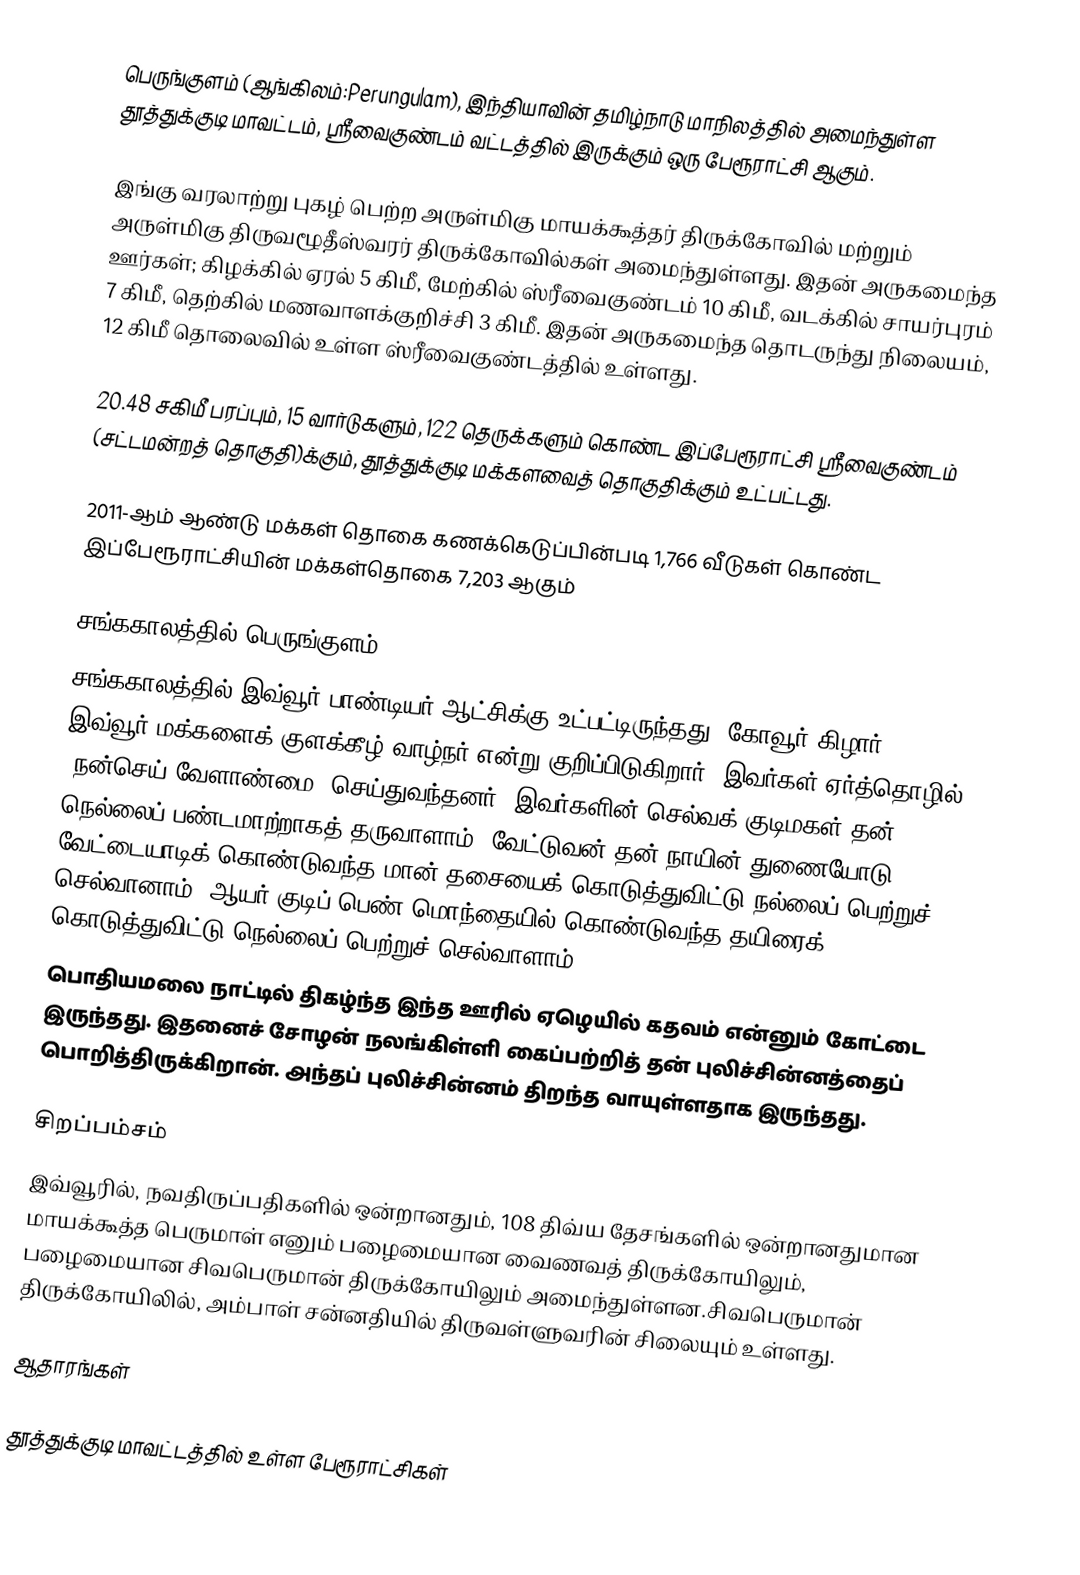
பெருங்குளம் (ஆங்கிலம்:Perungulam), இந்தியாவின் தமிழ்நாடு மாநிலத்தில் அமைந்துள்ள தூத்துக்குடி மாவட்டம், ஸ்ரீவைகுண்டம் வட்டத்தில் இருக்கும் ஒரு பேரூராட்சி ஆகும்.

இங்கு  வரலாற்று புகழ் பெற்ற அருள்மிகு மாயக்கூத்தர் திருக்கோவில் மற்றும்  அருள்மிகு திருவழூதீஸ்வரர் திருக்கோவில்கள் அமைந்துள்ளது. இதன் அருகமைந்த ஊர்கள்; கிழக்கில் ஏரல் 5 கிமீ, மேற்கில் ஸ்ரீவைகுண்டம் 10 கிமீ, வடக்கில் சாயர்புரம் 7 கிமீ, தெற்கில் மணவாளக்குறிச்சி 3 கிமீ. இதன் அருகமைந்த தொடருந்து நிலையம், 12 கிமீ தொலைவில் உள்ள ஸ்ரீவைகுண்டத்தில் உள்ளது.

20.48 சகிமீ பரப்பும், 15    வார்டுகளும், 122 தெருக்களும் கொண்ட இப்பேரூராட்சி  ஸ்ரீவைகுண்டம் (சட்டமன்றத் தொகுதி)க்கும், தூத்துக்குடி மக்களவைத் தொகுதிக்கும் உட்பட்டது.

2011-ஆம் ஆண்டு மக்கள் தொகை கணக்கெடுப்பின்படி 1,766      வீடுகள் கொண்ட இப்பேரூராட்சியின் மக்கள்தொகை 7,203 ஆகும்

சங்ககாலத்தில் பெருங்குளம்
சங்ககாலத்தில் இவ்வூர் பாண்டியர் ஆட்சிக்கு உட்பட்டிருந்தது. கோவூர் கிழார் இவ்வூர் மக்களைக் குளக்கீழ் வாழ்நர் என்று குறிப்பிடுகிறார். இவர்கள் ஏர்த்தொழில் (நன்செய் வேளாண்மை) செய்துவந்தனர். இவர்களின் செல்வக் குடிமகள் தன் நெல்லைப் பண்டமாற்றாகத் தருவாளாம். வேட்டுவன் தன் நாயின் துணையோடு வேட்டையாடிக் கொண்டுவந்த மான் தசையைக் கொடுத்துவிட்டு நல்லைப் பெற்றுச் செல்வானாம். ஆயர் குடிப் பெண் மொந்தையில் கொண்டுவந்த தயிரைக் கொடுத்துவிட்டு நெல்லைப் பெற்றுச் செல்வாளாம்.
பொதியமலை நாட்டில் திகழ்ந்த இந்த ஊரில் ஏழெயில் கதவம் என்னும் கோட்டை இருந்தது. இதனைச் சோழன் நலங்கிள்ளி கைப்பற்றித் தன் புலிச்சின்னத்தைப் பொறித்திருக்கிறான். அந்தப் புலிச்சின்னம் திறந்த வாயுள்ளதாக இருந்தது.

சிறப்பம்சம்
இவ்வூரில், நவதிருப்பதிகளில் ஒன்றானதும், 108 திவ்ய தேசங்களில் ஒன்றானதுமான மாயக்கூத்த பெருமாள் எனும் பழைமையான வைணவத் திருக்கோயிலும், பழைமையான சிவபெருமான் திருக்கோயிலும் அமைந்துள்ளன.சிவபெருமான் திருக்கோயிலில், அம்பாள் சன்னதியில் திருவள்ளுவரின் சிலையும் உள்ளது.

ஆதாரங்கள்

தூத்துக்குடி மாவட்டத்தில் உள்ள பேரூராட்சிகள்